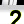
Digit: 2